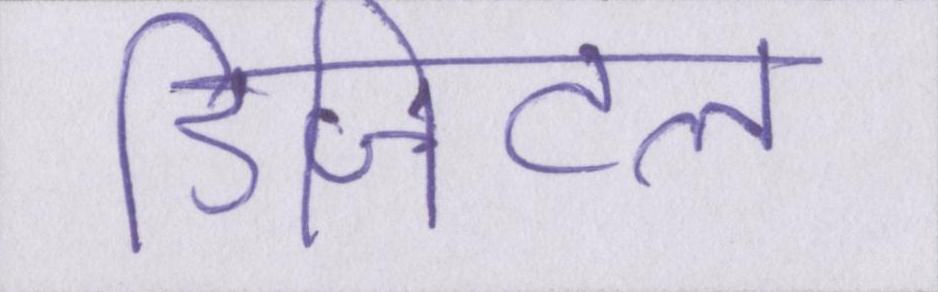
डिजिटल